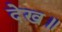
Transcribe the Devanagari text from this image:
देख॥